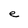
Character: e